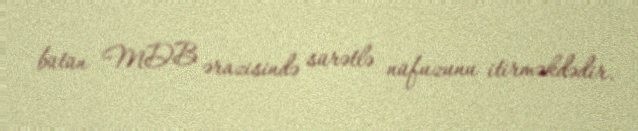
bütün MDB ərazisində sürətlə nüfuzunu itirməkdədir.